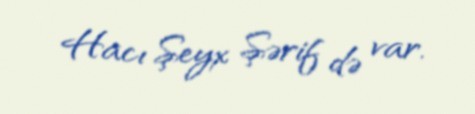
Hacı Şeyx Şərif də var.